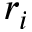
r _ { i }